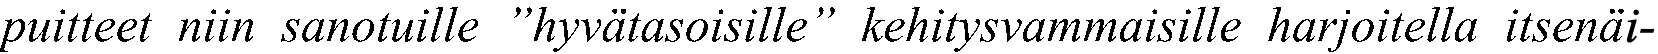
puitteet niin sanotuille ”hyvätasoisille” kehitysvammaisille harjoitella itsenäi-